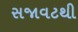
સજાવટથી